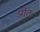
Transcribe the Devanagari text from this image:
प्रीतः